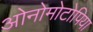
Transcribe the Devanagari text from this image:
ओनोमोटोपिया